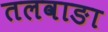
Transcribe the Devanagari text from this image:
तलवाङा